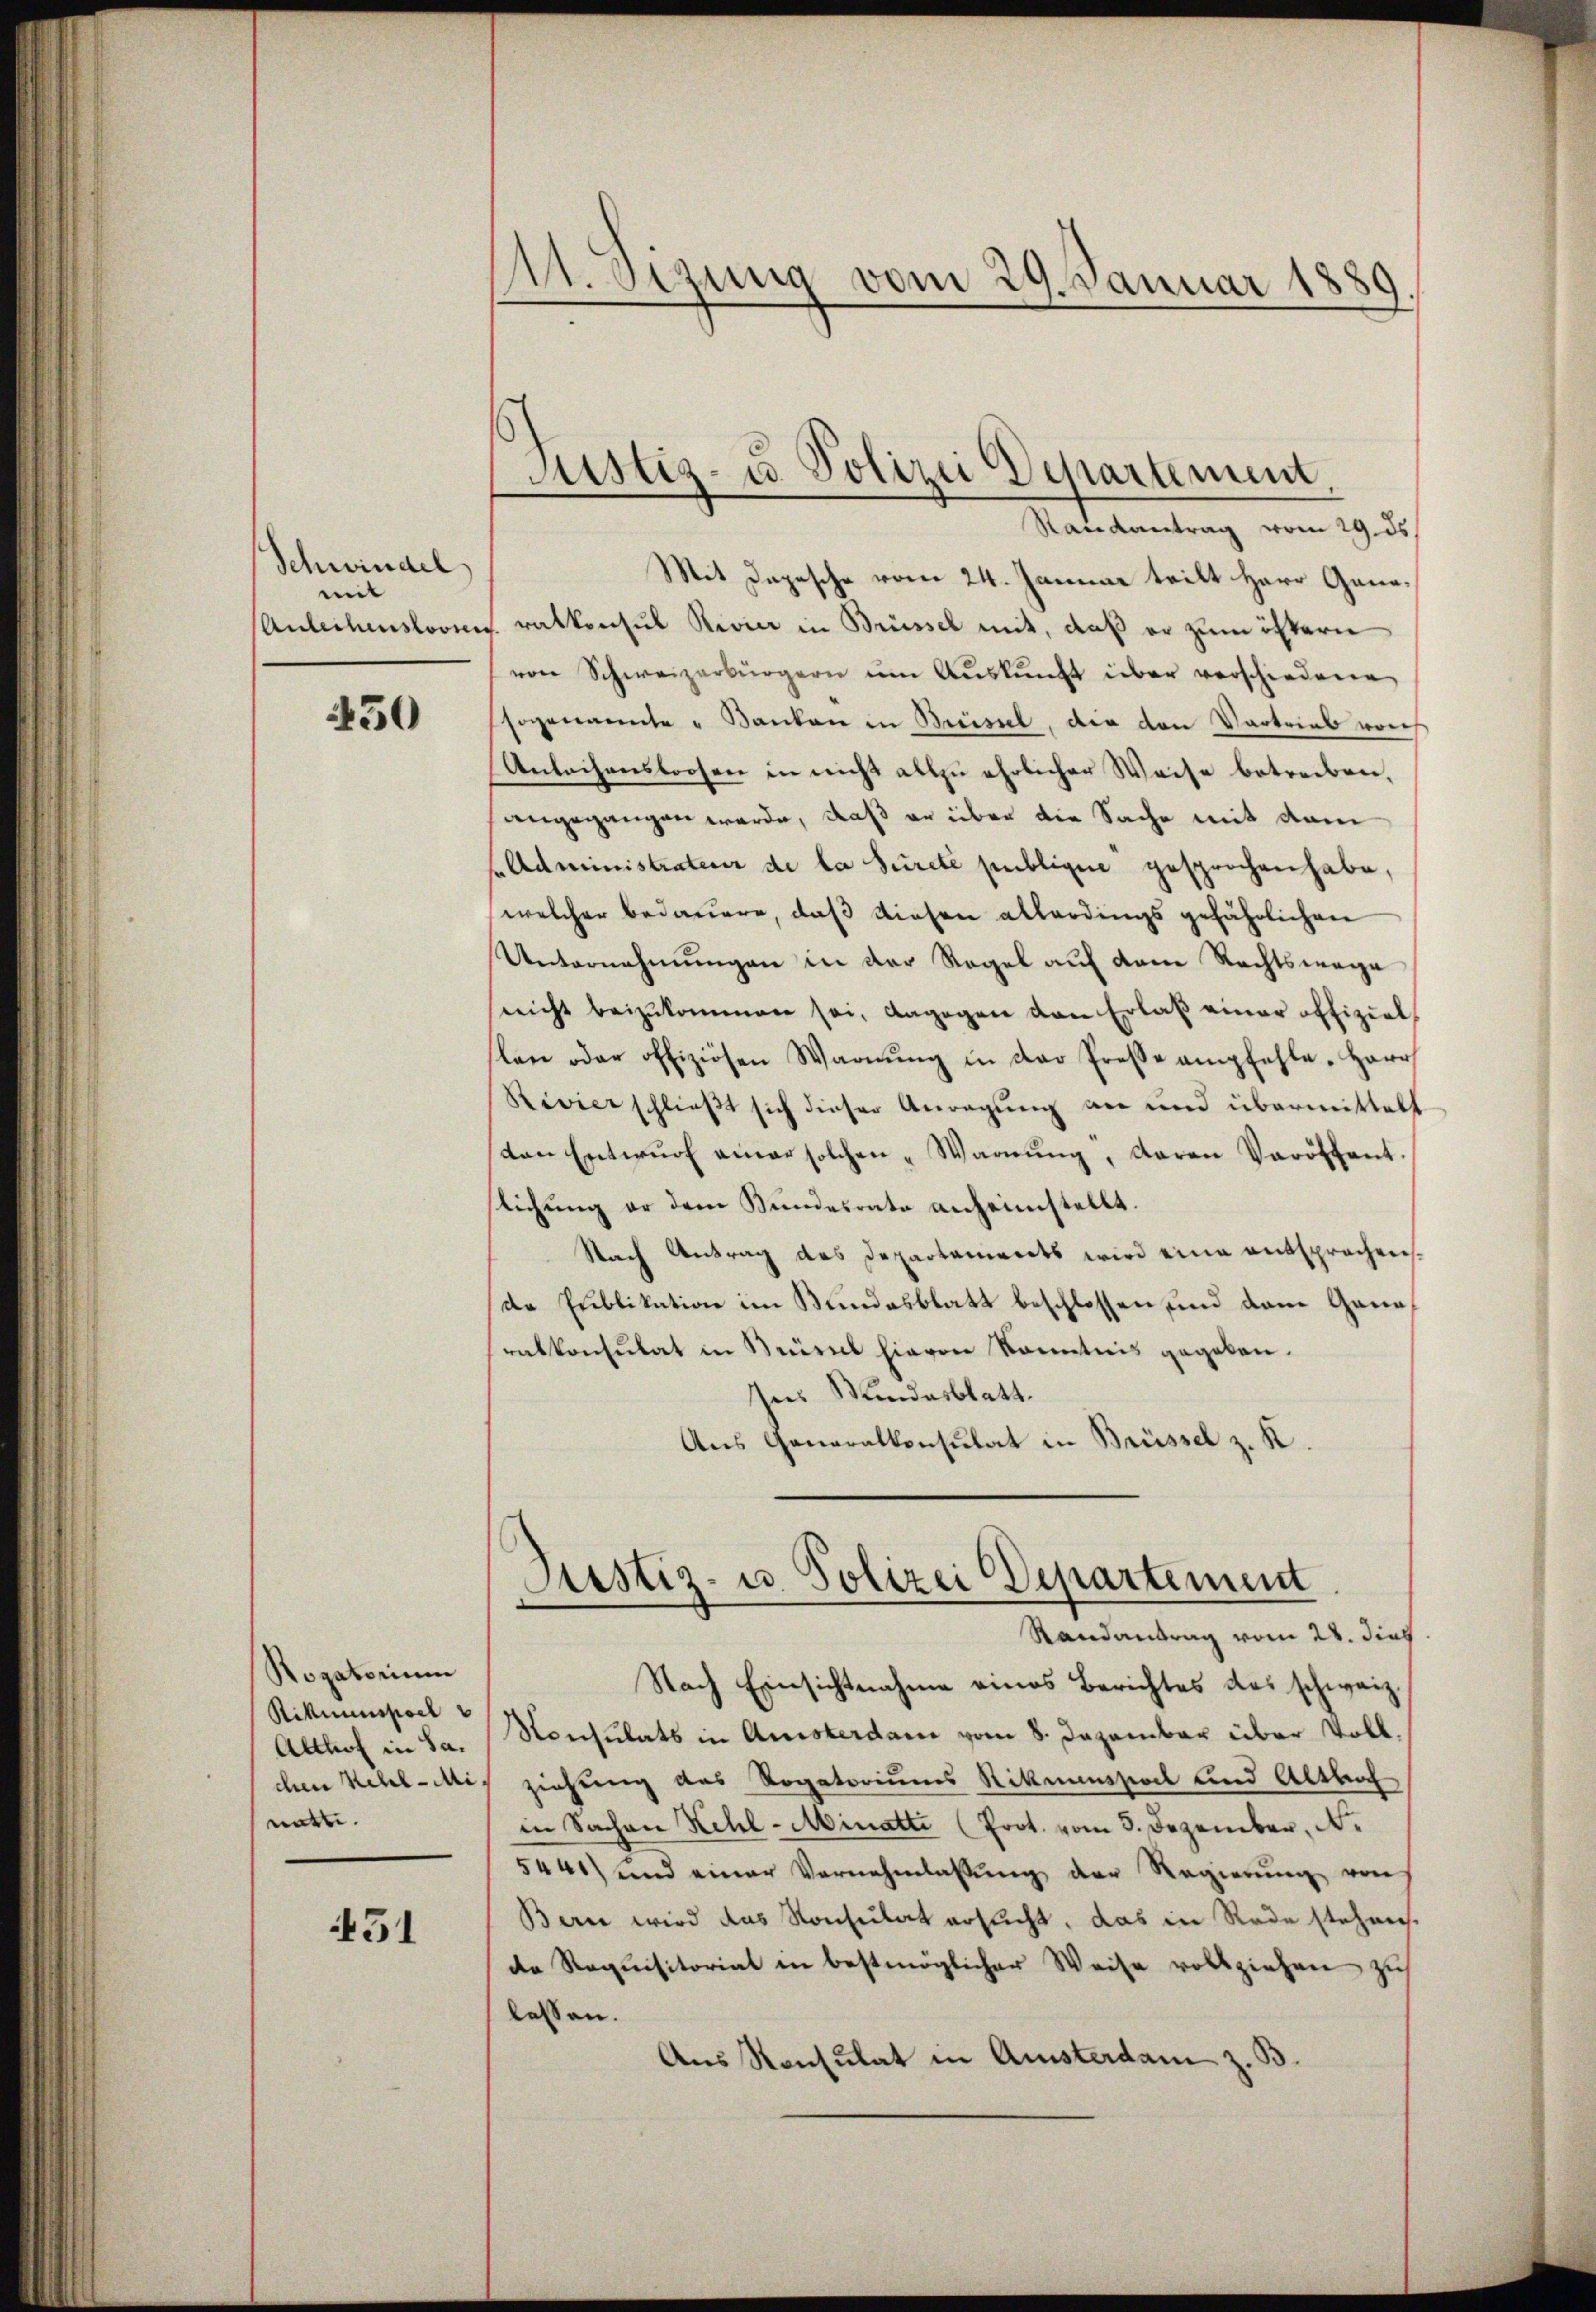
Schwindel
mit
Anleitensovie

450

Rogatorium
Ritmenspiel
Althof in Sachen Kehl-Mi
natte.

451

11. Sizung vom 29. Januar 1889.

Justiz- u. Polizei Departement.
Randantrag vom 19. ds

Mit Depesche vom 24. Januar teilt Herr Generatkonsul Rivier in Brüssel mit, daß er zum öftern
von Schweizerbürgern am Aŭskŭnft über verschiedene
sogenannte " Banken in Büssel, der den Vertrieb vons
Anleihensboosen in nicht allzu ehrlicher Weise betreiben,
angegangen werde, daß er über die Sache mit dem
f Administrateur de la Sureté publiger gesprochen habe,
welcher bedauern, daß diesen allerdings gefährlichen
Unternehmungen in der Regel auf dem Rechtswege
nicht beizukommen sei, dagegen von Erlaß einer offiziellen oder offiziösen Warnŭng in der Presse empfehle. Herr
Rivier schließt sich dieser Anregung an und übermittelt
sten Entwŭrf einer solchen „Warnŭng, daran Veröffent.
stichung er dem Bundesrate anheimstellt.
Nach Antrag des Departements wird eine entsprochende Publikation im Bundesblatt beschlossen und dann Ganaratkonsulat in Neusel hievon Kenntnis gegeben.
ses Kundesblatt.
Aus Generalkonsulat in Brüssel z. K.

Justiz- u. Polizei Departement
Randantrag vom 24. dies

Nach Einsichtnahme eines Berichtes des schweiz.
Konsulats in Ansterdam vom 8. Dezember über Voll,
ziehung des Rogatoriums Rikmusteil und Altbach
in Sachen Kehl-Minatti (Prot. vom 3. Dezember, de
5441) und einer Vernehmlassung der Regierung von
Bern wird das Konsulat ersucht, das in Rede stehen.
de Requisitoriat in bestmöglicher Weise vollziehen zu
lessen.
Aus Konsulat in Amsterdam z. B.